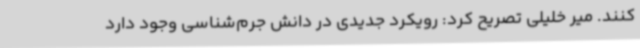
کنند. میر خلیلی تصریح کرد: رویکرد جدیدی در دانش جرم‌شناسی وجود دارد